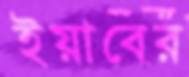
ইয়াবের